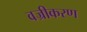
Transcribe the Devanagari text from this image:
वज्रीकरण